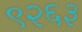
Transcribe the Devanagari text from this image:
९२६३